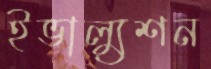
ইভাল্যুশন